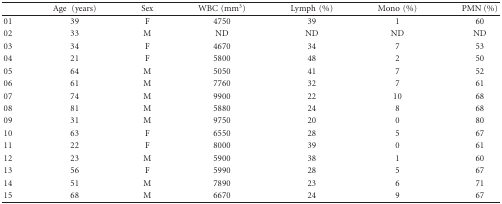
|  | Age (years) | Sex | WBC(mm3) | Lymph(%) | Mono(%) | PMN (%) |
 | --- | --- | --- | --- | --- | --- | --- |
 | 01 | 39 | F | 4750 | 39 | 1 | 60 |
 | 02 | 33 | M | ND | ND | ND | ND |
 | 03 | 34 | F | 4670 | 34 | 7 | 53 |
 | 04 | 21 | F | 5800 | 48 | 2 | 50 |
 | 05 | 64 | M | 5050 | 41 | 7 | 52 |
 | 06 | 61 | M | 7760 | 32 | 7 | 61 |
 | 07 | 74 | M | 9900 | 22 | 10 | 68 |
 | 08 | 81 | M | 5880 | 24 | 8 | 68 |
 | 09 | 31 | M | 9750 | 20 | 0 | 80 |
 | 10 | 63 | F | 6550 | 28 | 5 | 67 |
 | 11 | 22 | F | 8000 | 39 | 0 | 61 |
 | 12 | 23 | M | 5900 | 38 | 1 | 60 |
 | 13 | 56 | F | 5990 | 28 | 5 | 67 |
 | 14 | 51 | M | 7890 | 23 | 6 | 71 |
 | 15 | 68 | M | 6670 | 24 | 9 | 67 |